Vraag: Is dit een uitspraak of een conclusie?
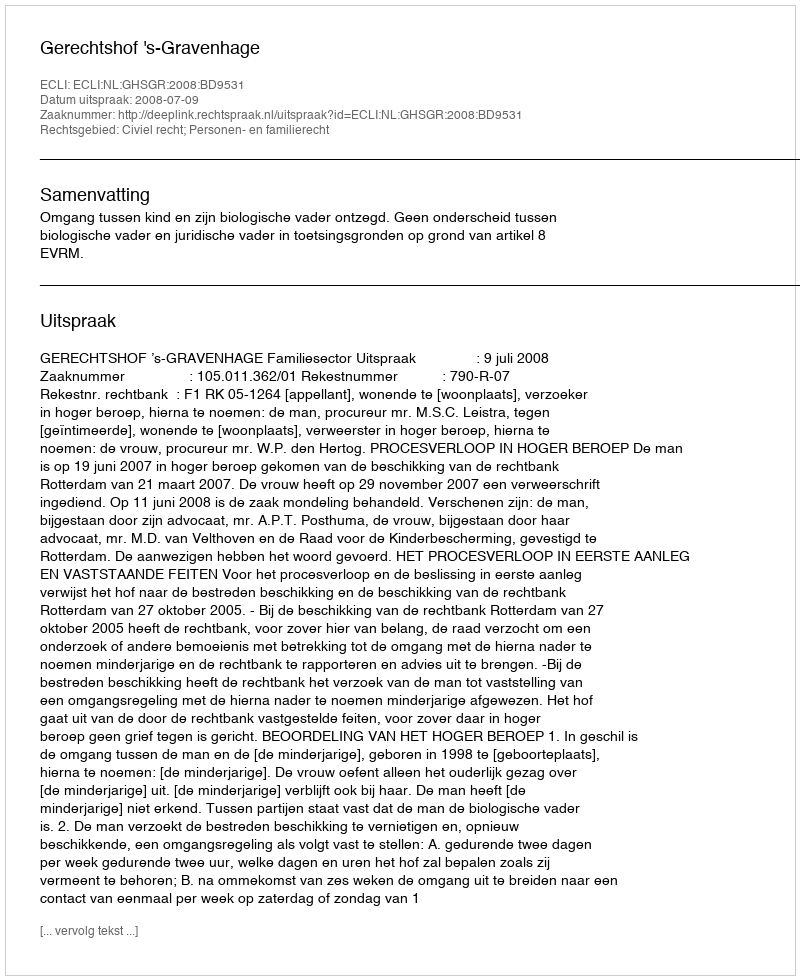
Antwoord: Uitspraak